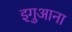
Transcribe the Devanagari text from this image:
इगुआना